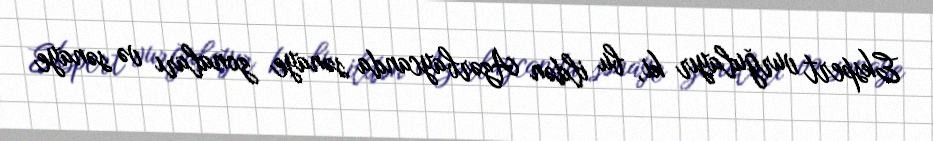
Ekspert vurğulayır ki, bu ildən Azərbaycanda sənaye zonaları və sənaye